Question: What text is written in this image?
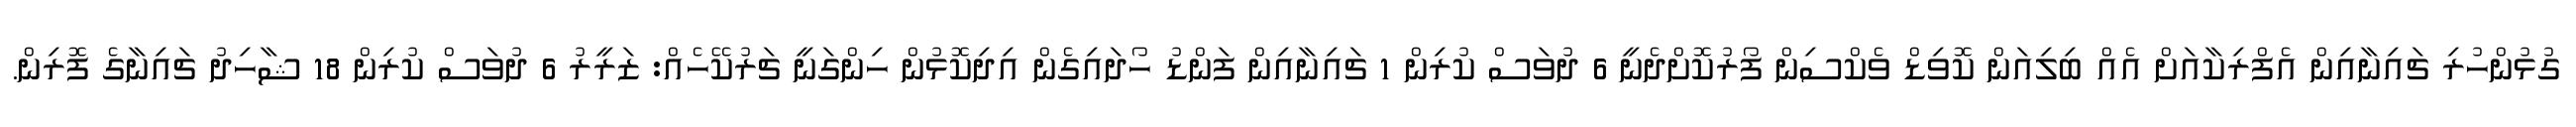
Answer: ގުޅުންހުރި ޗައިނާއިން އެފްރިކާއަށް އެއް ބިލިއަން ކޮވިޑް ވެކްސިން ފޯރުކޮށްދެނީ 6 ދުވަސް ކުރިން 1 ޗައިނާއިން ފަންޑު ހޯދައިގެން އިދިކޮޅުން ހިންގަނީ ޗަރުކޭހެއް: ޒަރީރު 6 ދުވަސް ކުރިން 18 ޝާހިދު ޗައިނާގެ ފޮރިން.